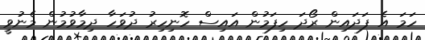
ހަމަ އެ ފަދައިން ރޯދަ ހިފަމުން އައިސް ހޮނިހިރު ދުވަހާ ދިމާވުމުން މެނުވީ